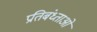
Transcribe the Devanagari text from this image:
प्रतिबंध्ताओ